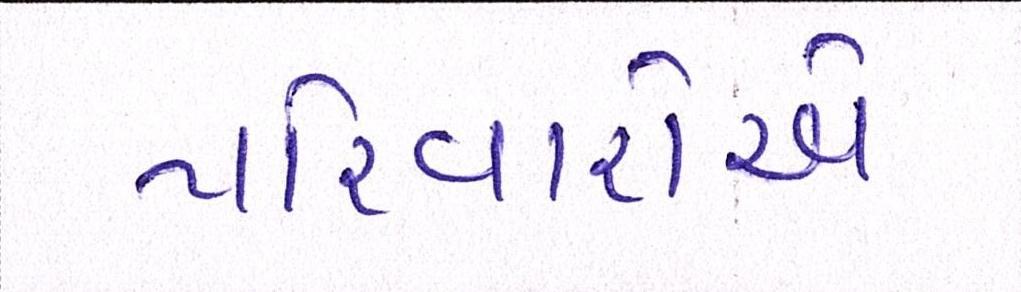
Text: પરિવારોએ